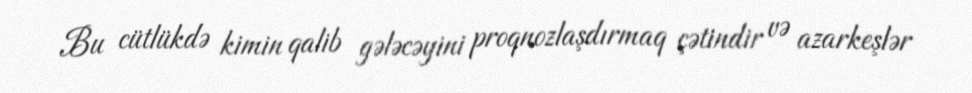
Bu cütlükdə kimin qalib gələcəyini proqnozlaşdırmaq çətindir və azarkeşlər